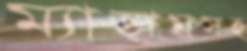
ম্যাডামসহ